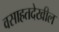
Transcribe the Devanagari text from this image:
वसाहतदेखील